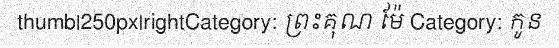
thumb|250px|rightCategory: ព្រះគុណ ម៉ែ Category: កូន